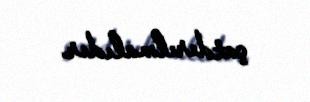
çatdırılmalıdır.